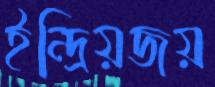
ইন্দ্রিয়জয়